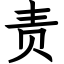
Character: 责